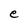
Character: e